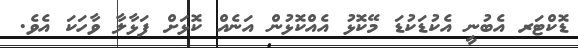
ޑޮކްޓަރ އެބުނީ އެކުޑަކުޑަ މޭކޮޅު އެއްކޮޅުން އަނެއް ކޮޅަށް ފަޅާލާ ވާހަކަ އެވެ.